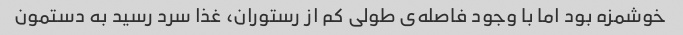
خوشمزه بود اما با وجود فاصله‌ی طولی کم از رستوران، غذا سرد رسید به دستمون